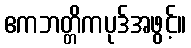
ဧကဘတ္တိကပုဒ်အဖွင့်။